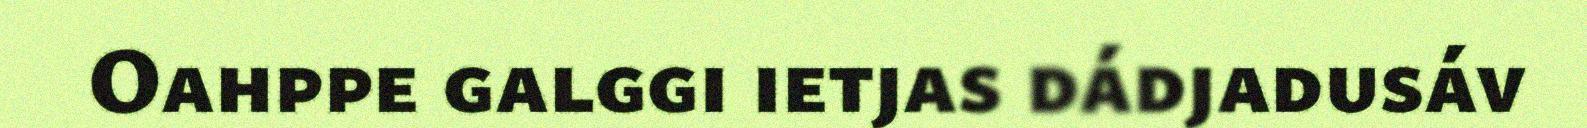
Oahppe galggi ietjas dádjadusáv